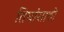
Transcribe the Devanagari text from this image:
तिघांसाठी